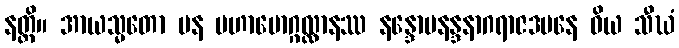
နတ္ထိ။ အာယသ္မတော ပန မဟာမောဂ္ဂလ္လာနဿ နန္ဒောပနန္ဒနာဂရာဇဒမနေ ဝိယ သီဃံ